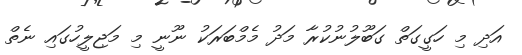
އަދި މި ހަގީގަތް ގަބޫލުނުކުރާ މަދު މެމްބަރަކު ނޫނީ މި މަޖިލީހުގައި ނެތް